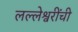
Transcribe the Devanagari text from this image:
लल्लेश्वरींची